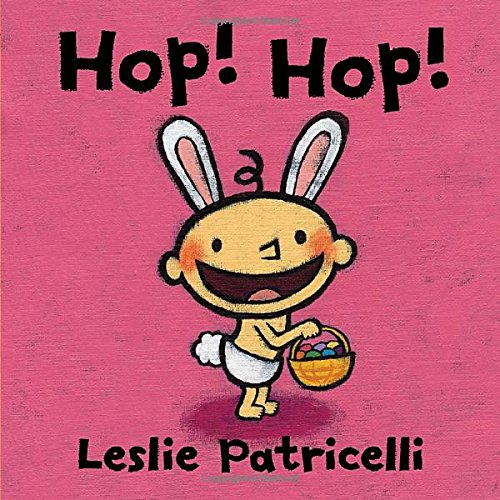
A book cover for Hop! Hop! (Leslie Patricelli board books); Leslie Patricelli; Children's Books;